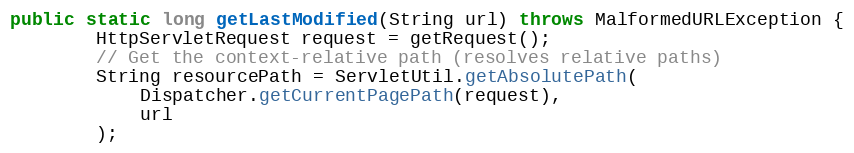
Language: Java
public static long getLastModified(String url) throws MalformedURLException {
		HttpServletRequest request = getRequest();
		// Get the context-relative path (resolves relative paths)
		String resourcePath = ServletUtil.getAbsolutePath(
			Dispatcher.getCurrentPagePath(request),
			url
		);